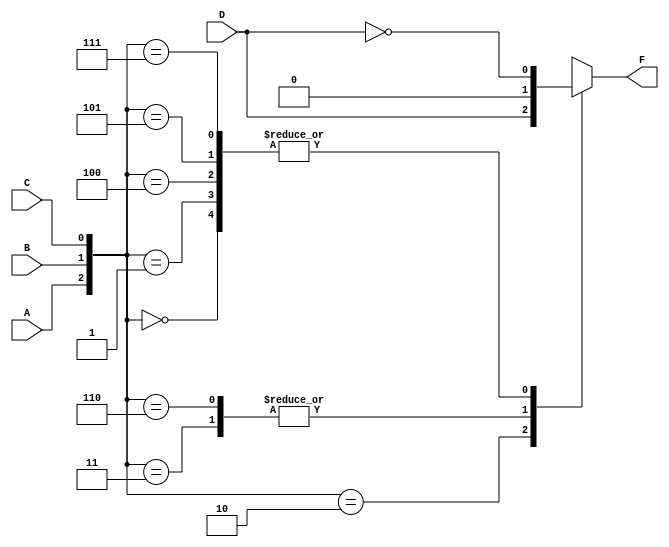
module mux_8x1_beh(
	output reg F,
	input  A, B, C ,D
);
	wire [7:0] in;
	wire [2:0] S;
	
	assign     S[0]=C,
               S[1]=B,
               S[2]=A,
               in[0]=!(D),
               in[1]=!(D),
               in[2]=  D ,
               in[3]=  0 ,
               in[4]=!(D),
               in[5]=!(D),
               in[6]=  0 ,
               in[7]=!(D);
	
	always@(in[0], in[1], in[2], in[3], in[4], in[5], in[6], in[7], S)
		   
	case (S)
	   3'b000:   F = in[0];
	   3'b001:   F = in[1];
	   3'b010:   F = in[2];
	   3'b011:   F = in[3];
	   3'b100:   F = in[4];
	   3'b101:   F = in[5];
	   3'b110:   F = in[6];
	   3'b111:   F = in[7];
    endcase
	
endmodule